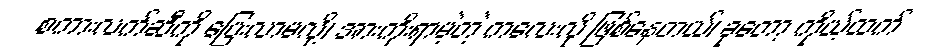
စကားလက်ဆီကို ပြေးလာမလို့၊ အားကိုးရာမဲ့တဲ့ ကလေးလို ဖြစ်နေတယ်၊ ခုတော့ ကိုယ့်ထက်